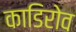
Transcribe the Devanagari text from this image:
काडिरोव